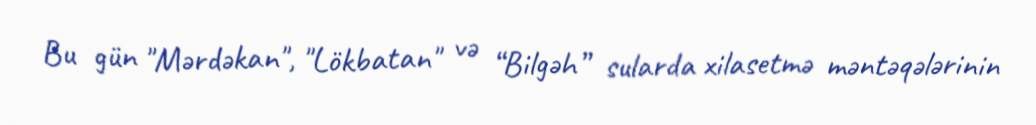
Bu gün "Mərdəkan", "Lökbatan" və “Bilgəh” sularda xilasetmə məntəqələrinin